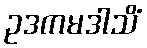
ဥဒကမဒါသိံ